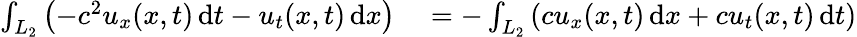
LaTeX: \begin{array}{rl}{\int_{L_{2}}\left(-c^{2}u_{x}(x,t)\, \mathrm{d}t-u_{t}(x,t)\, \mathrm{d}x\right)}&{{}=-\int_{L_{2}}\left(cu_{x}(x,t)\, \mathrm{d}x+cu_{t}(x,t)\, \mathrm{d}t\right)}\end{array}